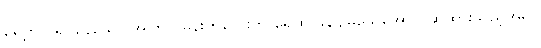
ရှေ့တွင် ရပ်နေသော အကြင် မိန်းကလေးကို ရေထဲ ခုန်ချမသေအောင် ဆွဲထားသည့်အရာ